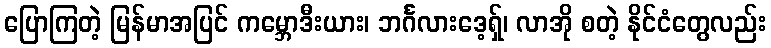
ပြောကြတဲ့ မြန်မာအပြင် ကမ္ဘောဒီးယား၊ ဘင်္ဂလားဒေ့ရှ်၊ လာအို စတဲ့ နိုင်ငံတွေလည်း